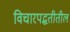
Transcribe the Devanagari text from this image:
विचारपद्धतीतील